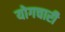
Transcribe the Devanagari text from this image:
योगचारी